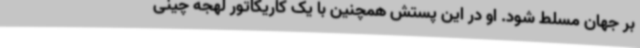
بر جهان مسلط شود. او در این پستش همچنین با یک کاریکاتور لهجه چینی